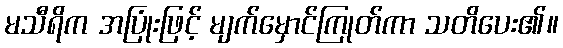
မသီရိက အပြုံးဖြင့် မျက်မှောင်ကြုတ်ကာ သတိပေး၏။